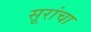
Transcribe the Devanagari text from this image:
सूरांचा